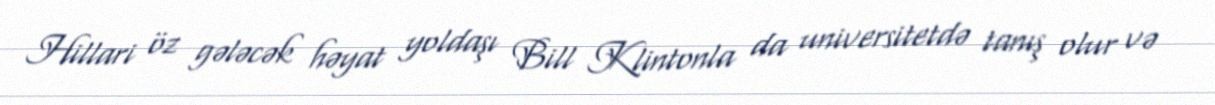
Hillari öz gələcək həyat yoldaşı Bill Klintonla da universitetdə tanış olur və